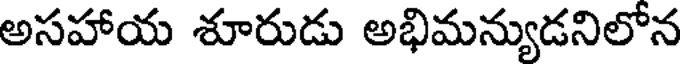
అసహాయ శూరుడు అభిమన్యుడనిలోన